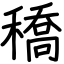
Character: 穚